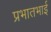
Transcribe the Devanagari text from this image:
प्रभातभाई